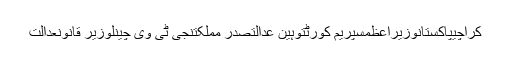
کراچیپاکستانوزیراعظمسپریم کورٹتوہین عدالتصدر مملکتنجی ٹی وی چینلوزیر قانونعدالت